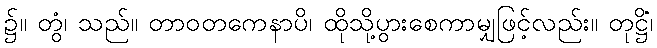
၌။ တွံ၊ သည်။ တာဝတကေနာပိ၊ ထိုသို့ပွားစေကာမျှဖြင့်လည်း။ တုဋ္ဌိံ၊